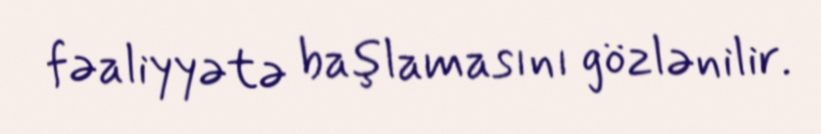
fəaliyyətə başlamasını gözlənilir.